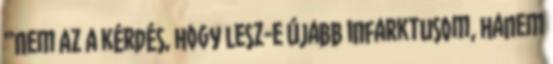
“Nem az a kérdés, hogy lesz-e újabb infarktusom, hanem